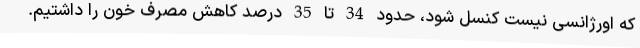
که اورژانسی نیست کنسل شود، حدود 34 تا 35 درصد کاهش مصرف خون را داشتیم.